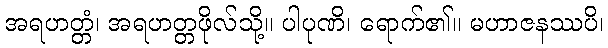
အရဟတ္တံ၊ အရဟတ္တဖိုလ်သို့။ ပါပုဏိ၊ ရောက်၏။ မဟာဇနဿပိ၊